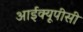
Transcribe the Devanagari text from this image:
आईक्यूपीसी